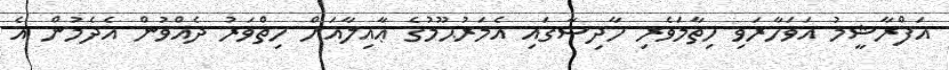
އަފްރާޝީމު އަވަހާރަވި ހިތާމަވެރި ހާދިސާގައި އެމަރުޙޫމުގެ ޢާއިލާއަށް ހިތްވަރު ދެއްވުން އެދެމުން އެ